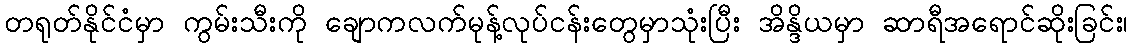
တရုတ်နိုင်ငံမှာ ကွမ်းသီးကို ချောကလက်မုန့်လုပ်ငန်းတွေမှာသုံးပြီး အိန္ဒိယမှာ ဆာရီအရောင်ဆိုးခြင်း၊